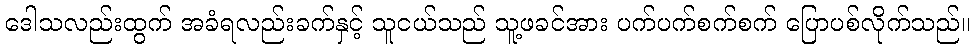
ဒေါသလည်းထွက် အခံရလည်းခက်နှင့် သူငယ်သည် သူ့ဖခင်အား ပက်ပက်စက်စက် ပြောပစ်လိုက်သည်။